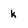
Character: k